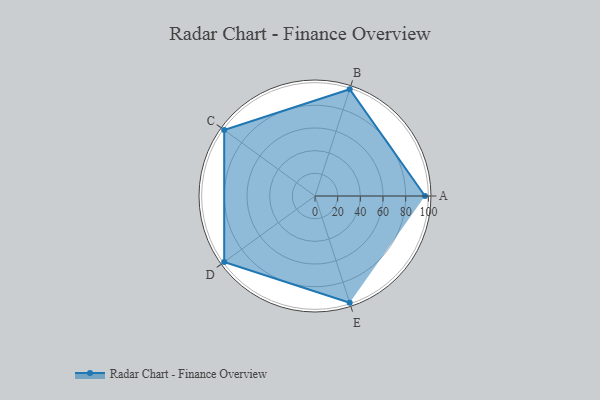
{"axis": {"x": "Skill", "y": "Score"}, "legend": ["Profile"], "data": [{"x": "A", "y": 97.0, "type": "Profile"}, {"x": "B", "y": 99, "type": "Profile"}, {"x": "C", "y": 99, "type": "Profile"}, {"x": "D", "y": 99, "type": "Profile"}, {"x": "E", "y": 99, "type": "Profile"}]}